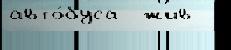
авто́буса  жив